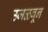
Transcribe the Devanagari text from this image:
उजळवून